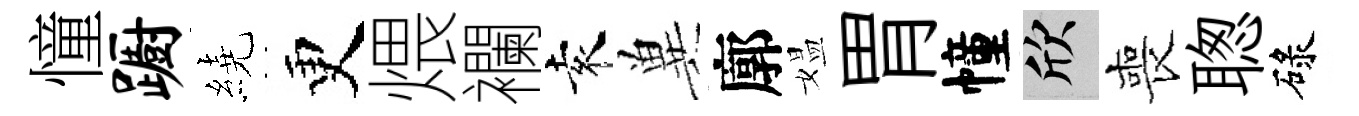
憧蹰繞更煨襴袁兾廓媪胃幢欣喪聦碌